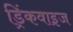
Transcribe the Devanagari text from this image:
ड्रिंकवाइज